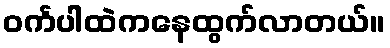
ဝင်္ကပါထဲကနေထွက်လာတယ်။